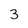
Character: 3